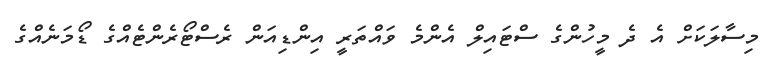
މިސާލަކަށް އެ ދެ މީހުންގެ ސްޓައިލް އެންމެ ވައްތަރީ އިންޑިއަން ރެސްޓޯރެންޓެއްގެ ޑޯމަނެއްގެ